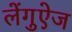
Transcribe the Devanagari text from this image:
लेंगुऐज